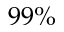
9 9 \%